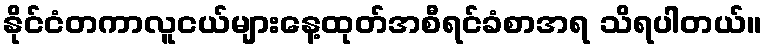
နိုင်ငံတကာလူငယ်များနေ့ထုတ်အစီရင်ခံစာအရ သိရပါတယ်။